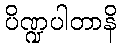
ပိဏ္ဍပါတာနိ